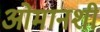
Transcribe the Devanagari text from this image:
ओमानशी